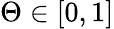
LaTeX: \Theta\in[0,1]